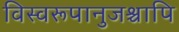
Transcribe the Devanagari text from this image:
विस्वरूपानुजश्चापि